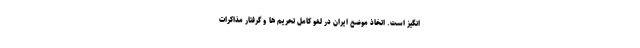
انگیز است. اتخاذ موضع ایران در لغو کامل تحریم ها ‌و گرفتار مذاکرات